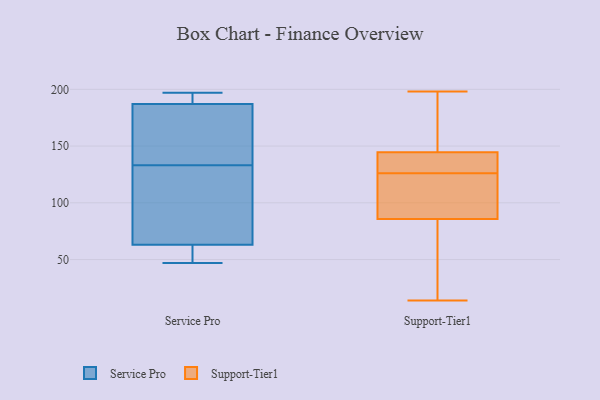
{"axis": {"x": "Temperature (°C)", "y": "Value"}, "legend": ["Service Pro", "Support-Tier1"], "data": [{"x": "", "y": 135, "type": "Service Pro"}, {"x": "", "y": 63, "type": "Service Pro"}, {"x": "", "y": 179, "type": "Service Pro"}, {"x": "", "y": 131, "type": "Service Pro"}, {"x": "", "y": 197, "type": "Service Pro"}, {"x": "", "y": 56, "type": "Service Pro"}, {"x": "", "y": 47, "type": "Service Pro"}, {"x": "", "y": 188, "type": "Service Pro"}, {"x": "", "y": 105, "type": "Service Pro"}, {"x": "", "y": 187, "type": "Service Pro"}, {"x": "", "y": 126, "type": "Support-Tier1"}, {"x": "", "y": 145, "type": "Support-Tier1"}, {"x": "", "y": 131, "type": "Support-Tier1"}, {"x": "", "y": 134, "type": "Support-Tier1"}, {"x": "", "y": 143, "type": "Support-Tier1"}, {"x": "", "y": 91, "type": "Support-Tier1"}, {"x": "", "y": 171, "type": "Support-Tier1"}, {"x": "", "y": 14, "type": "Support-Tier1"}, {"x": "", "y": 151, "type": "Support-Tier1"}, {"x": "", "y": 198, "type": "Support-Tier1"}, {"x": "", "y": 42, "type": "Support-Tier1"}, {"x": "", "y": 51, "type": "Support-Tier1"}, {"x": "", "y": 24, "type": "Support-Tier1"}, {"x": "", "y": 108, "type": "Support-Tier1"}, {"x": "", "y": 126, "type": "Support-Tier1"}, {"x": "", "y": 84, "type": "Support-Tier1"}, {"x": "", "y": 112, "type": "Support-Tier1"}, {"x": "", "y": 98, "type": "Support-Tier1"}, {"x": "", "y": 172, "type": "Support-Tier1"}]}